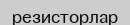
резисторлар